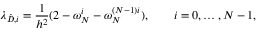
\lambda _ { \hat { D } , i } = \frac { 1 } { h ^ { 2 } } ( 2 - \omega _ { N } ^ { i } - \omega _ { N } ^ { ( N - 1 ) i } ) , \qquad i = 0 , \ldots , N - 1 ,